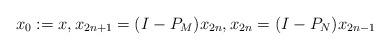
LaTeX: \begin{align*} x_0 := x, x_{2n+1} = (I-P_M)x_{2n}, x_{2n} = (I-P_N)x_{2n-1} \end{align*}